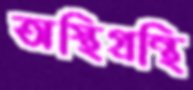
অস্থিগ্রন্থি